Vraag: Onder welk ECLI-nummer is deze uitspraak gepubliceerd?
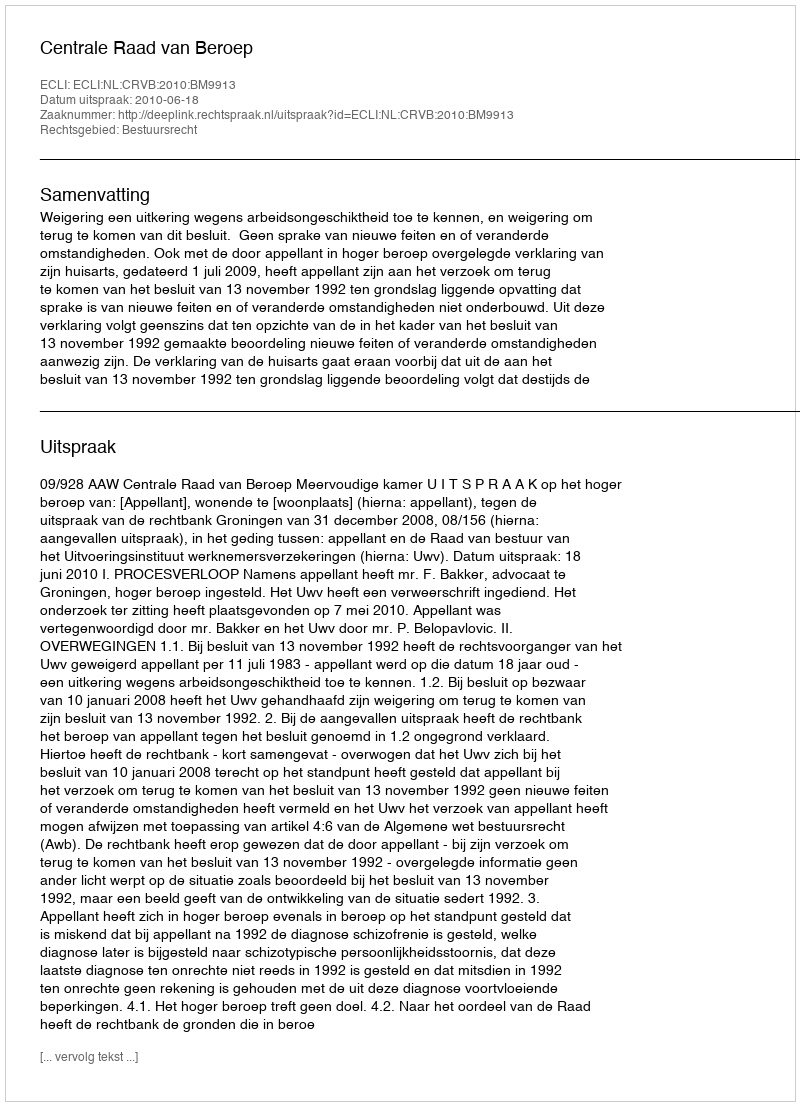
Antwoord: ECLI:NL:CRVB:2010:BM9913